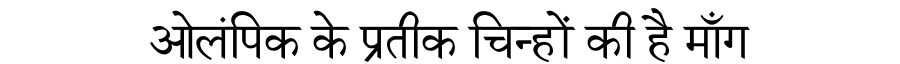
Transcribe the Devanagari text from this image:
ओलंपिक के प्रतीक चिन्हों की है माँग